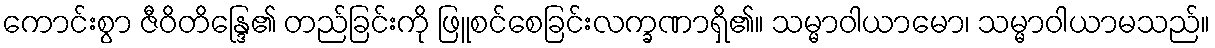
ကောင်းစွာ ဇီဝိတိန္ဒြေ၏ တည်ခြင်းကို ဖြူစင်စေခြင်းလက္ခဏာရှိ၏။ သမ္မာဝါယာမော၊ သမ္မာဝါယာမသည်။